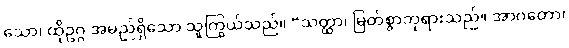
သော၊ ထိုဥဂ္ဂ အမည်ရှိသော သူကြွယ်သည်။ “သတ္ထာ၊ မြတ်စွာဘုရားသည်။ အာဂတော၊